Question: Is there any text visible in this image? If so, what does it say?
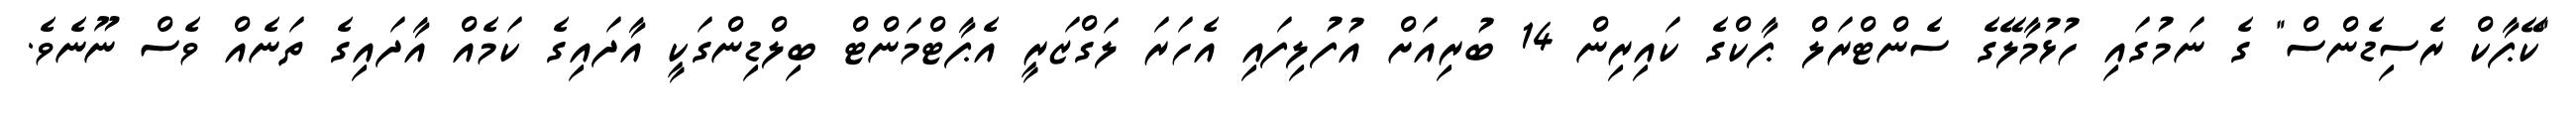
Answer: "ކޭޕާކް ރެސިޑެންސް" ގެ ނަމުގައި ހުޅުމާލޭގެ ސެންޓްރަލް ޕާކްގެ ކައިރިން 14 ބުރިއަށް އުފުލިފައި އެހަރަ ލަގްޒަރީ އެޕާޓްމަންޓް ބިލްޑިންގަކީ އާދައިގެ ކަމެއް އާދައިގެ ތަނެއް ވެސް ނޫނެވެ.